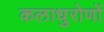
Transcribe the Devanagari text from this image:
कलाधुरोणों